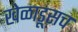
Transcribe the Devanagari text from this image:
खेळाडूसच